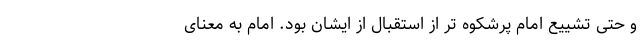
و حتی تشییع امام پرشکوه تر از استقبال از ایشان بود. امام به معنای